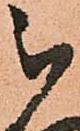
被